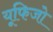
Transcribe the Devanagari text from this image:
यूफिजो